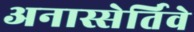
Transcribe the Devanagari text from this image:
अनास्सेर्तिवे